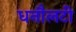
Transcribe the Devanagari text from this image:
धनौलटी